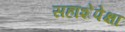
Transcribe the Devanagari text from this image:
सहाशेपेक्षा